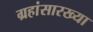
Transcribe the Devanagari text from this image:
ग्रहांसारख्या